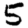
Digit: 5